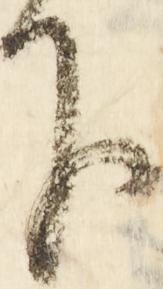
下